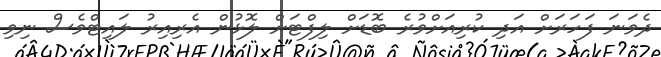
ދެވަނަ ފަހަރަށް އަދި ކުރިއަށްވުރެ ބޮޑަށް ލިފްޓަށް ލޮޅުން އެރިއިރު ލައިޓްވެސް ނިވި